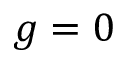
g = 0